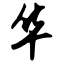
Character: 华